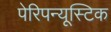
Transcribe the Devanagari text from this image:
पेरिपन्यूस्टिक